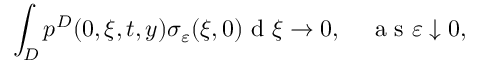
\int _ { D } p ^ { D } ( 0 , \xi , t , y ) \sigma _ { \varepsilon } ( \xi , 0 ) \textrm { d } \xi \to 0 , \quad \textrm { a s } \varepsilon \downarrow 0 ,